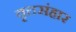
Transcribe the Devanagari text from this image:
वृत्तसंहार